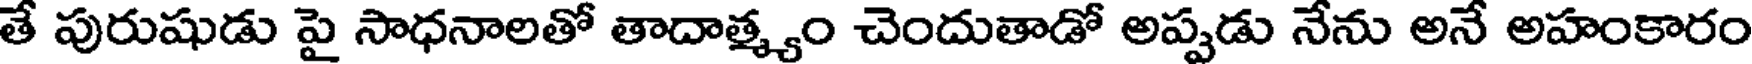
తే పురుషుడు పై సాధనాలతో తాదాత్మ్యం చెందుతాడో అప్పడు నేను అనే అహంకారం